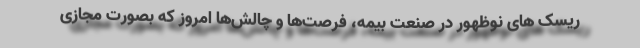
ریسک های نوظهور در صنعت بیمه، فرصت‌ها و چالش‌ها امروز که بصورت مجازی